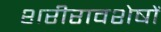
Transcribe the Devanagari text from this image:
शरीरावशेषों